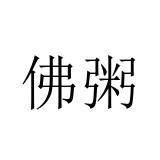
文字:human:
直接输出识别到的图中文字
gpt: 佛粥